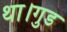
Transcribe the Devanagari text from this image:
था।गुड